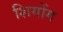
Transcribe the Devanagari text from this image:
शिगोंग